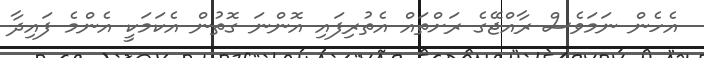
އެހެން ނަަމަވެސް ރާއްޖޭގެ ރަށްތައް އެތުރިފައި އޮންނަ ގޮތުން އެކަމަކީ އެންމެ ފައިދާ